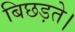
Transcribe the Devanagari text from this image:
बिछड़ते।